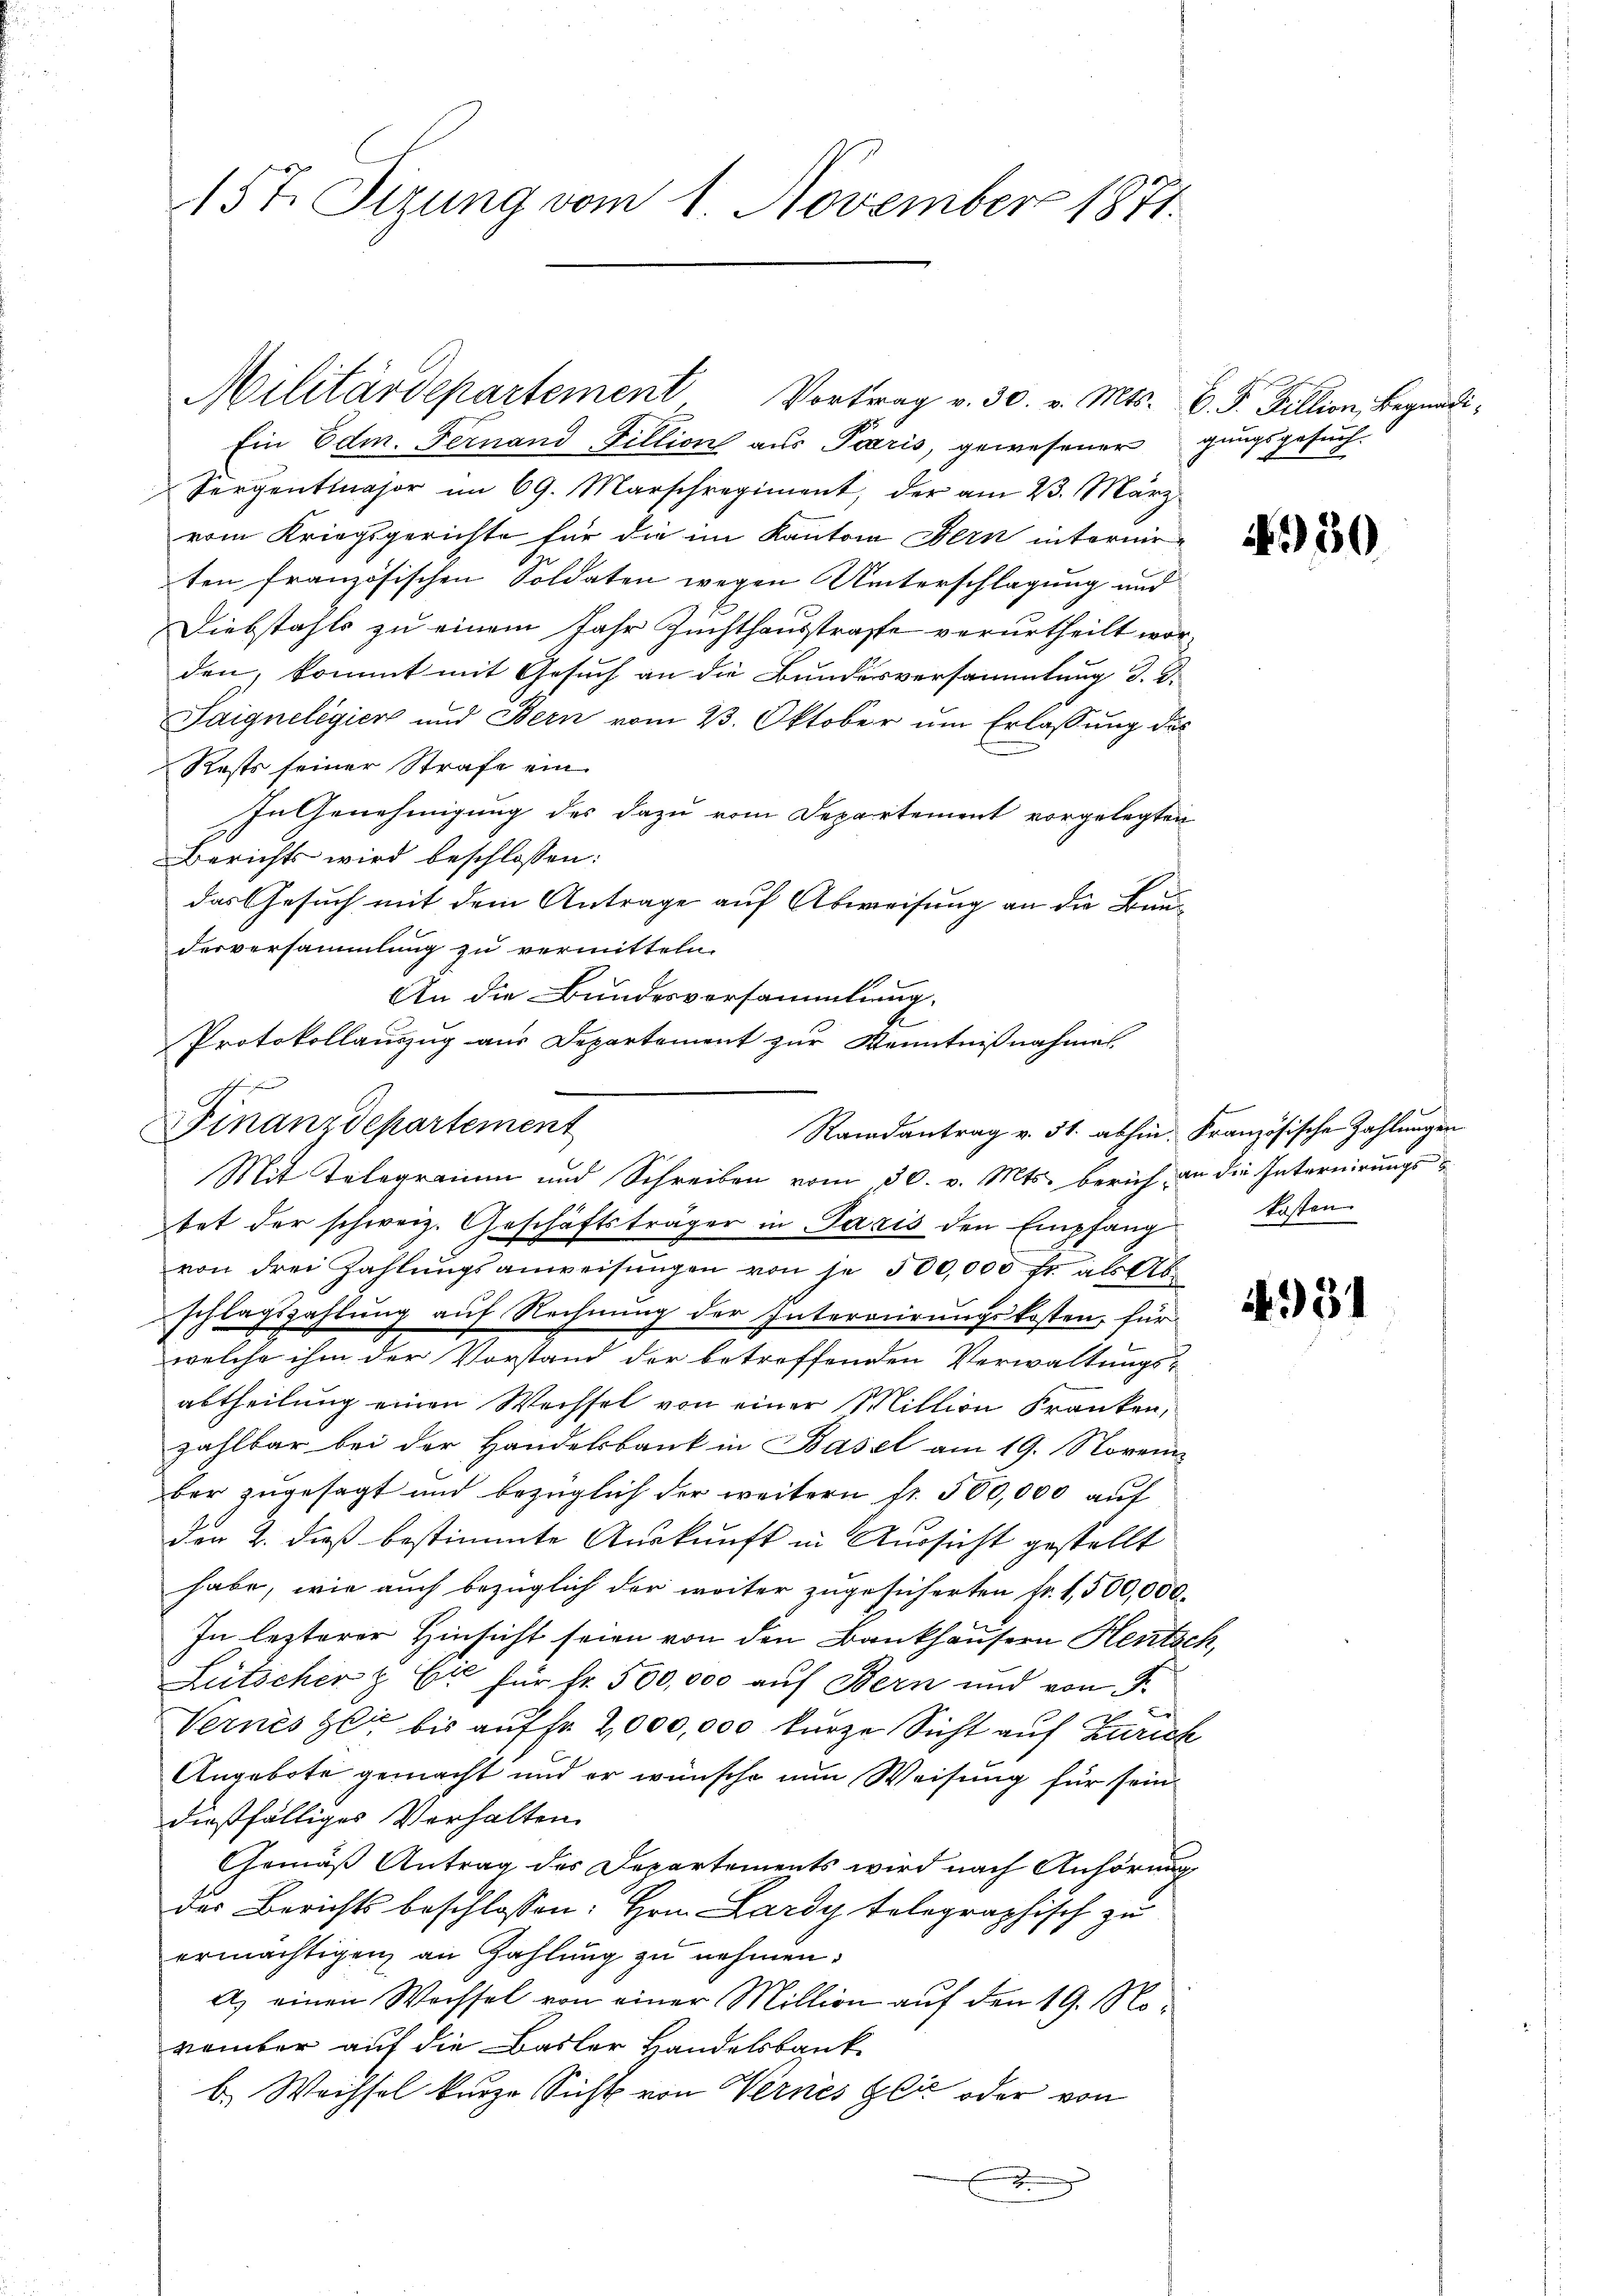
157. Sizung vom 1. November 1871.

Ein Edm. Fernand Tillion aus Paris, gewesenergungsgesuch¬
Sergentlajor im 69. Marschregiment, der am 23. März
vom Kriegsgerichte für die im Kanton Bern internirten französischen Soldaten wegen Unterschlagung und
Diebstahls zu einem Jahr Zuchthausstrafe verurtheilt worden, kommt mit Gesuch an die Bundesversammlung d. d.
Saignelegier und Bern vom 23. Oktober um Erlassung des
Rests seiner Strafe ein
In Genehmigung des dazu vom Departement vorgelegten
Berichts wird beschlossen:
das Gesuch mit dem Antrage auf Abweisung an die Bauderversammlung zu vermitteln.
An die Bundesversammlung.
Protokollauszug aus Departement zur Kenntnißnahme

Finanzdepartement
Randantrag v. 31. abhin. Französische Zahlungen
Mit Telegramm und Schreiben vom 30. v. Mts. berich an die Internirungs-

Militärdepartement Vortrag v. 30. v. Mts. v. J. Fillion, Begnadi-

tet der schweiz. Geschäftsträger in Paris den Empfang kosten
von drei Zahlŭngsanweisŭngen von je 500,000 fr als Ab
schlagszahlung auf Rechnung der Interrierungskosten, für
welche ihm der Vorstand der betreffenden Verwaltungs-
abtheilung einen Wechsel von einer Million Franken,
zahlbar bei der Handelsbank in Basel am 19. Novem-
ber zugesagt und bezüglich der weitern fr. 500,000 auf
den 2. dieß bestimmte Auskunft in Aussicht gestellt
habe, wie auch bezüglich der weiter zugesicherten Fr. 1,500,000.
In lezterer Hinsicht seien von den Bankhäusern Hentsch,
Lütscher & Cie für Fr. 500,000 auf Bern und von J.
Vernes sei bis aufsa 2,000,000 kurze Sicht auf Zürich
Angebote gemacht und er wünsche nun Weisung für sein
dießfälliges Verhalten.
Gemäß Antrag des Departements wird nach Anhörung
der Berichts beschlossen: Hrn. Lardy telegraphisch zu
ermächtigen an Zahlung zu nehmen.
A) einen Wechsel von einer Million auf den 19. November auf die Basler Handelsbank
b. Wachsel kurze Sicht von Vernes gli oder von
D

1930